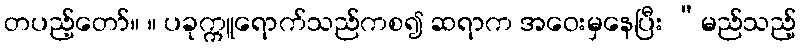
တပည့်တော်။ ။ ပခုက္ကူရောက်သည်ကစ၍ ဆရာက အဝေးမှနေပြီး “မည်သည့်